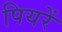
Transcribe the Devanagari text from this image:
पियरें